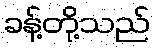
ခန့်တို့သည်